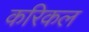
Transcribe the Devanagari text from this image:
करिकल